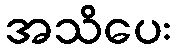
အသိပေး